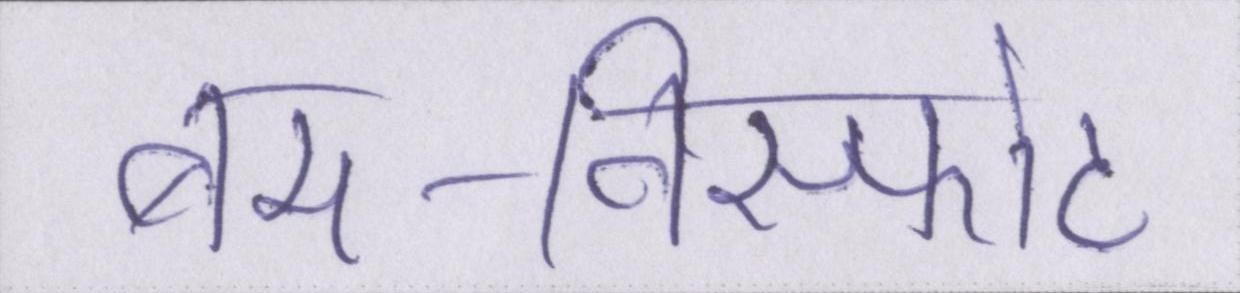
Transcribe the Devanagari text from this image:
बम-विस्फोट